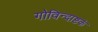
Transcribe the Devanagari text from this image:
गोविन्दाष्टकं